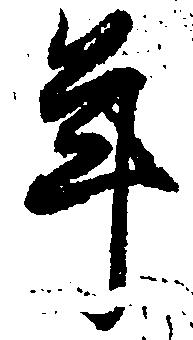
年